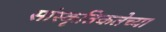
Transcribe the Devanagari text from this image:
सांस्कृतिकतेच्या